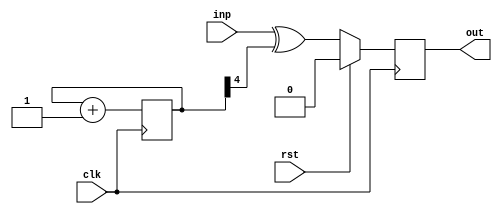
module bar(clk, rst, inp, out);
  input  wire clk;
  input  wire rst;
  input  wire inp;
  output reg  out;

  (* this_is_a_prescaler *)
  reg [7:0] counter;

  (* temp_wire *)
  wire out_val;

  always @(posedge clk)
    counter <= counter + 1;

  assign out_val = inp ^ counter[4];

  always @(posedge clk)
    if (rst) out <= 1'd0;
    else     out <= out_val;

endmodule

module foo(clk, rst, inp, out);
  input  wire clk;
  input  wire rst;
  input  wire inp;
  output wire out;

  bar bar_instance (clk, rst, inp, out);
endmodule